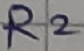
Text: R2